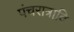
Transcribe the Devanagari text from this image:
पंचरात्रादि